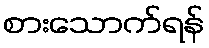
စားသောက်ရန်